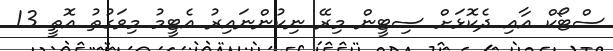
ސްޓޯކް އާއި ދެކޮޅަށް ސިޓީން މިރޭ ނިކުންނައިރު އެޓީމު މިވަގުތު އޮތީ 13